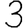
Digit: 3